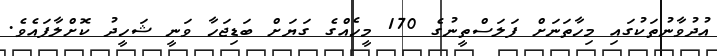
އުދުވާނުތަކުގައި މިހާތަނަށް ފަލަސްތީނުގެ 170 މީހެއްގެ ގަޔަށް ބަޑިޖަހާ ވަނީ ޝަހީދު ކޮށްލާފައެވެ.